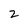
Character: Z